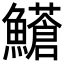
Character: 𩼺